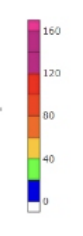
Blue: 0 to 20
Green: 20 to 40
Yellow: 40 to 60
Orange: 60 to 80
Dark Orange: 80 to 100
Red: 100 to 120
Magenta: 120 to 160
Pink: 160 to 170